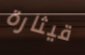
قيثارة